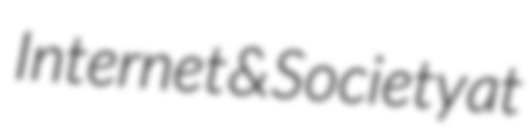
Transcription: Internet & Society at